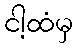
ငါ့ထံမှ